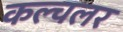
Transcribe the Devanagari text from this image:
कल्चलर